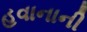
હવાનાની